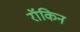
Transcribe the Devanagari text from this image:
रॉकिन